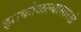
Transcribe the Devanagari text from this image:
झाकोळल्यासारखे